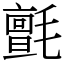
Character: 氈